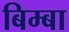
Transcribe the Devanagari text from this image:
बिम्बा